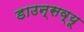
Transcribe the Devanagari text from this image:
डाउन्सव्यू